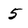
Character: 5